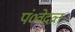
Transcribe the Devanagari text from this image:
पं०वेदव्रत